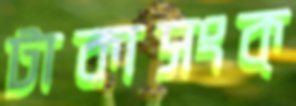
টাকাসংক্